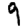
Digit: 9